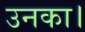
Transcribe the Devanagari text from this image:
उनका।